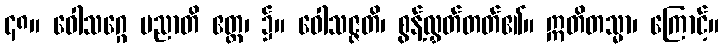
၄၈။ ဝေါသဂ္ဂေ ပညာတိ ဧတ္ထ၊ ၌။ ဝေါသဇ္ဇတိ၊ စွန့်လွှတ်တတ်၏။ ဣတိတသ္မာ၊ ကြောင့်။